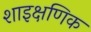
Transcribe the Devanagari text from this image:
शाइक्षणिक